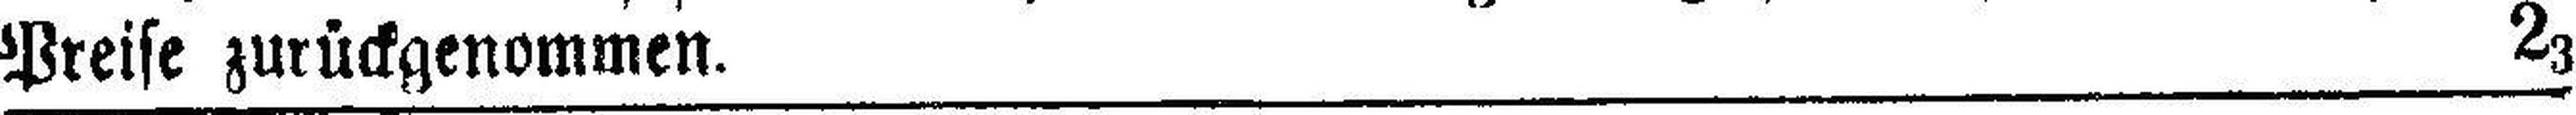
Preise zurückgenommen. 23